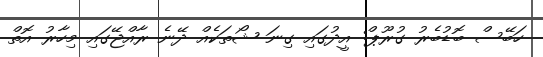
ހަބޭސް ބޮޑުބެރު ގުރޫޕް: އީދުގައި ގިނަ ޝޯތަކެއް ދޭނެ ރާއްޖޭގައި މިހާރު އޮތް